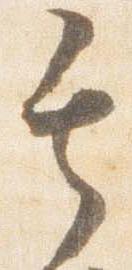
其